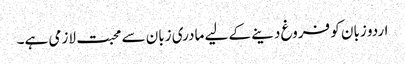
اردو زبان کو فروغ دینے کے لیے مادری زبان سے محبت لازمی ہے۔